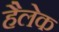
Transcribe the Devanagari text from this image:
हैलेक